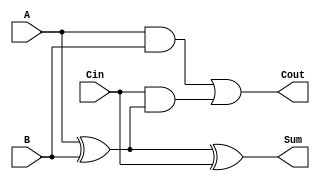
module LowPowerFullAdder (
    input wire A,     // First input bit
    input wire B,     // Second input bit
    input wire Cin,   // Carry-in bit
    output wire Sum,  // Sum output
    output wire Cout  // Carry-out output
);

// Internal signals
wire AxorB; // Intermediate signal for A XOR B

// Logic for Sum and Cout
assign AxorB = A ^ B;          // A XOR B
assign Sum = AxorB ^ Cin;      // Sum = (A XOR B) XOR Cin
assign Cout = (A & B) | (Cin & AxorB); // Cout = (A AND B) OR (Cin AND (A XOR B))

endmodule